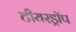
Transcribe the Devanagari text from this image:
टीयरड्रॉप